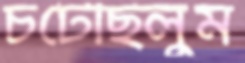
চটেছিলুম